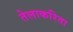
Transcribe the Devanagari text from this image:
तेलाकरिता